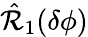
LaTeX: \hat{\mathcal{R}}_{1}(\delta\phi)